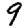
Digit: 9